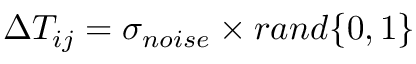
\Delta T _ { i j } = \sigma _ { n o i s e } \times r a n d \{ 0 , 1 \}